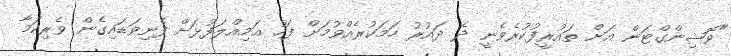
"ވޮޝިންގްޓަން އަށް ތައުރީފުކުރެވެނީ ދެ ދައުރު ހަމަކުރެއްވުމަށް ފަހު އަމިއްލަފުޅަށް ފެނިވަޑައިގެން ވެރިކަމާ